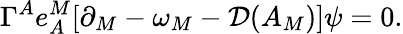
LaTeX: \Gamma^{A}e_{A}^{M}[\partial_{M}-\omega_{M}-{\cal D}(A_{M})]\psi=0.